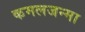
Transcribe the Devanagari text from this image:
कमलजन्मा